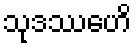
သုဒဿေဟိ